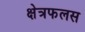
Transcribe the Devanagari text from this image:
क्षेत्रफलस